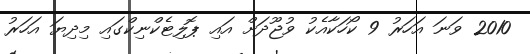
2010 ވަނަ އަހަރު 9 ކޯހަކާއެކު ވުޖޫދަށް އައި ޕޮލިޓެކްނިކްގައި މިދިޔަ އަހަރު